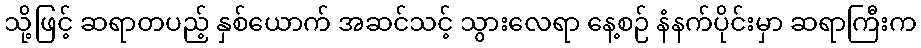
သို့ဖြင့် ဆရာတပည့် နှစ်ယောက် အဆင်သင့် သွားလေရာ နေ့စဉ် နံနက်ပိုင်းမှာ ဆရာကြီးက